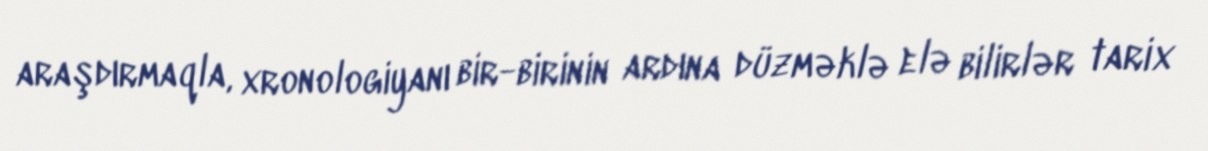
araşdırmaqla, xronologiyanı bir-birinin ardına düzməklə elə bilirlər tarix